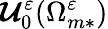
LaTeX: \boldsymbol{\mathcal{U}}_{0}^{\varepsilon}(\Omega_{m*}^{\varepsilon})